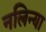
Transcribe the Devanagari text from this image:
नलिन्या